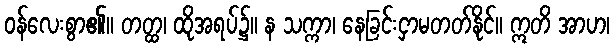
ဝန်လေးစွာ၏။ တတ္ထ၊ ထိုအရပ်၌။ န သက္ကာ၊ နေခြင်းငှာမတတ်နိုင်။ ဣတိ အာဟ၊